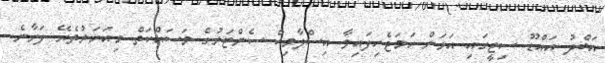
އަބްދު އައްޑޫ ސިޓީގައި އަޅަން ހަމަޖެހިފައިވާ އިސްލާމިކް ސެންޓަރުގެ މަސައްކަތް މިއަހަރުތެރޭ ފަށާނެ